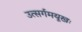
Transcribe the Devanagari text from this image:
उत्सर्गमयूखः